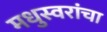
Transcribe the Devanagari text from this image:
मधुस्वरांचा